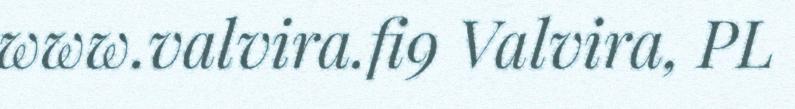
www.valvira.fi9 Valvira, PL